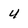
Character: 4